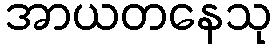
အာယတနေသု